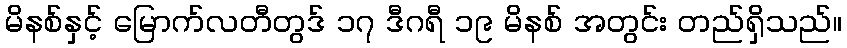
မိနစ်နှင့် မြောက်လတီတွဒ် ၁၇ ဒီဂရီ ၁၉ မိနစ် အတွင်း တည်ရှိသည်။